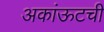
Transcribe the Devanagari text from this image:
अकांऊटची